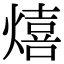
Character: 熺